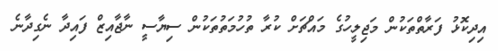
އިދިކޮޅު ފަރާތްތަކުން މަޖިލީހުގެ މައްޗަށް ކުރާ ތުހުމަތުތަކުން ސިޔާސީ ނާޖާއިޒް ފައިދާ ނެގިދާނެ